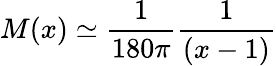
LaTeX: M(x)\simeq{\frac{1}{180\pi}}{\frac{1}{(x-1)}}